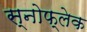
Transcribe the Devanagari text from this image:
स्नोफ्लेक